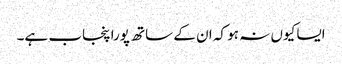
ایسا کیوں نہ ہو کہ ان کے ساتھ پورا پنجاب ہے۔